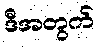
ဒီအတွက်